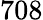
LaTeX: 708